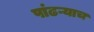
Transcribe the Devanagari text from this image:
पांढऱ्याच